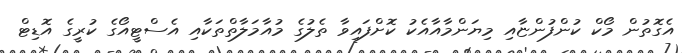
އެގޮތުން މޯކް ކުންފުންޏާއި މިޔަންމާއާއެކު ކޮށްފައިވާ ތެލުގެ މުއާމަލާތްތަކާއި އެސްޓީއޯގެ ކުރީގެ އޮޑިޓް